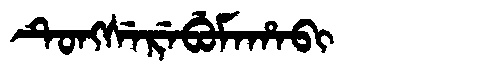
Manchu: ᡨᡠᠩᠰᡝᡵᡝᠪᡠᠮᠠᡥᠠᠪᡳ
Romanization: TUNGSEREBUMAHABI